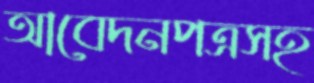
আবেদনপত্রসহ